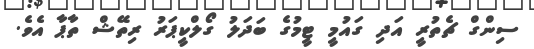
ސިންގް ޗެތުރީ އަދި ގައުމީ ޓީމުގެ ބަދަލު ގޯލްކީޕަރު ރިތޭޝް ތާޕާ އެވެ.